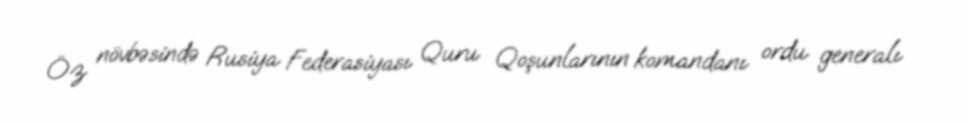
Öz növbəsində Rusiya Federasiyası Quru Qoşunlarının komandanı ordu generalı